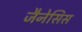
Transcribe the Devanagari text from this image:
जैनेसिस